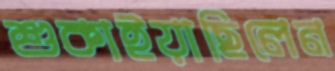
শুকাইয়াছিলেন